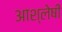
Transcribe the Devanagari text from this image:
आश्लेषी